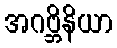
အဂဗ္ဘိနိယာ